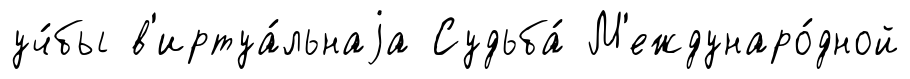
уч́бы в'иртуа́льнаjа Судьба́ М'еждунаро́дной